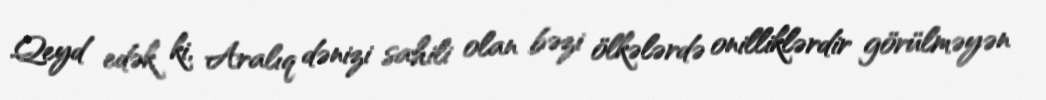
Qeyd edək ki, Aralıq dənizi sahili olan bəzi ölkələrdə onilliklərdir görülməyən